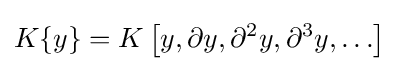
K\{y\}=K\left[y,\partial y,\partial ^{2}y,\partial ^{3}y,\ldots \right]